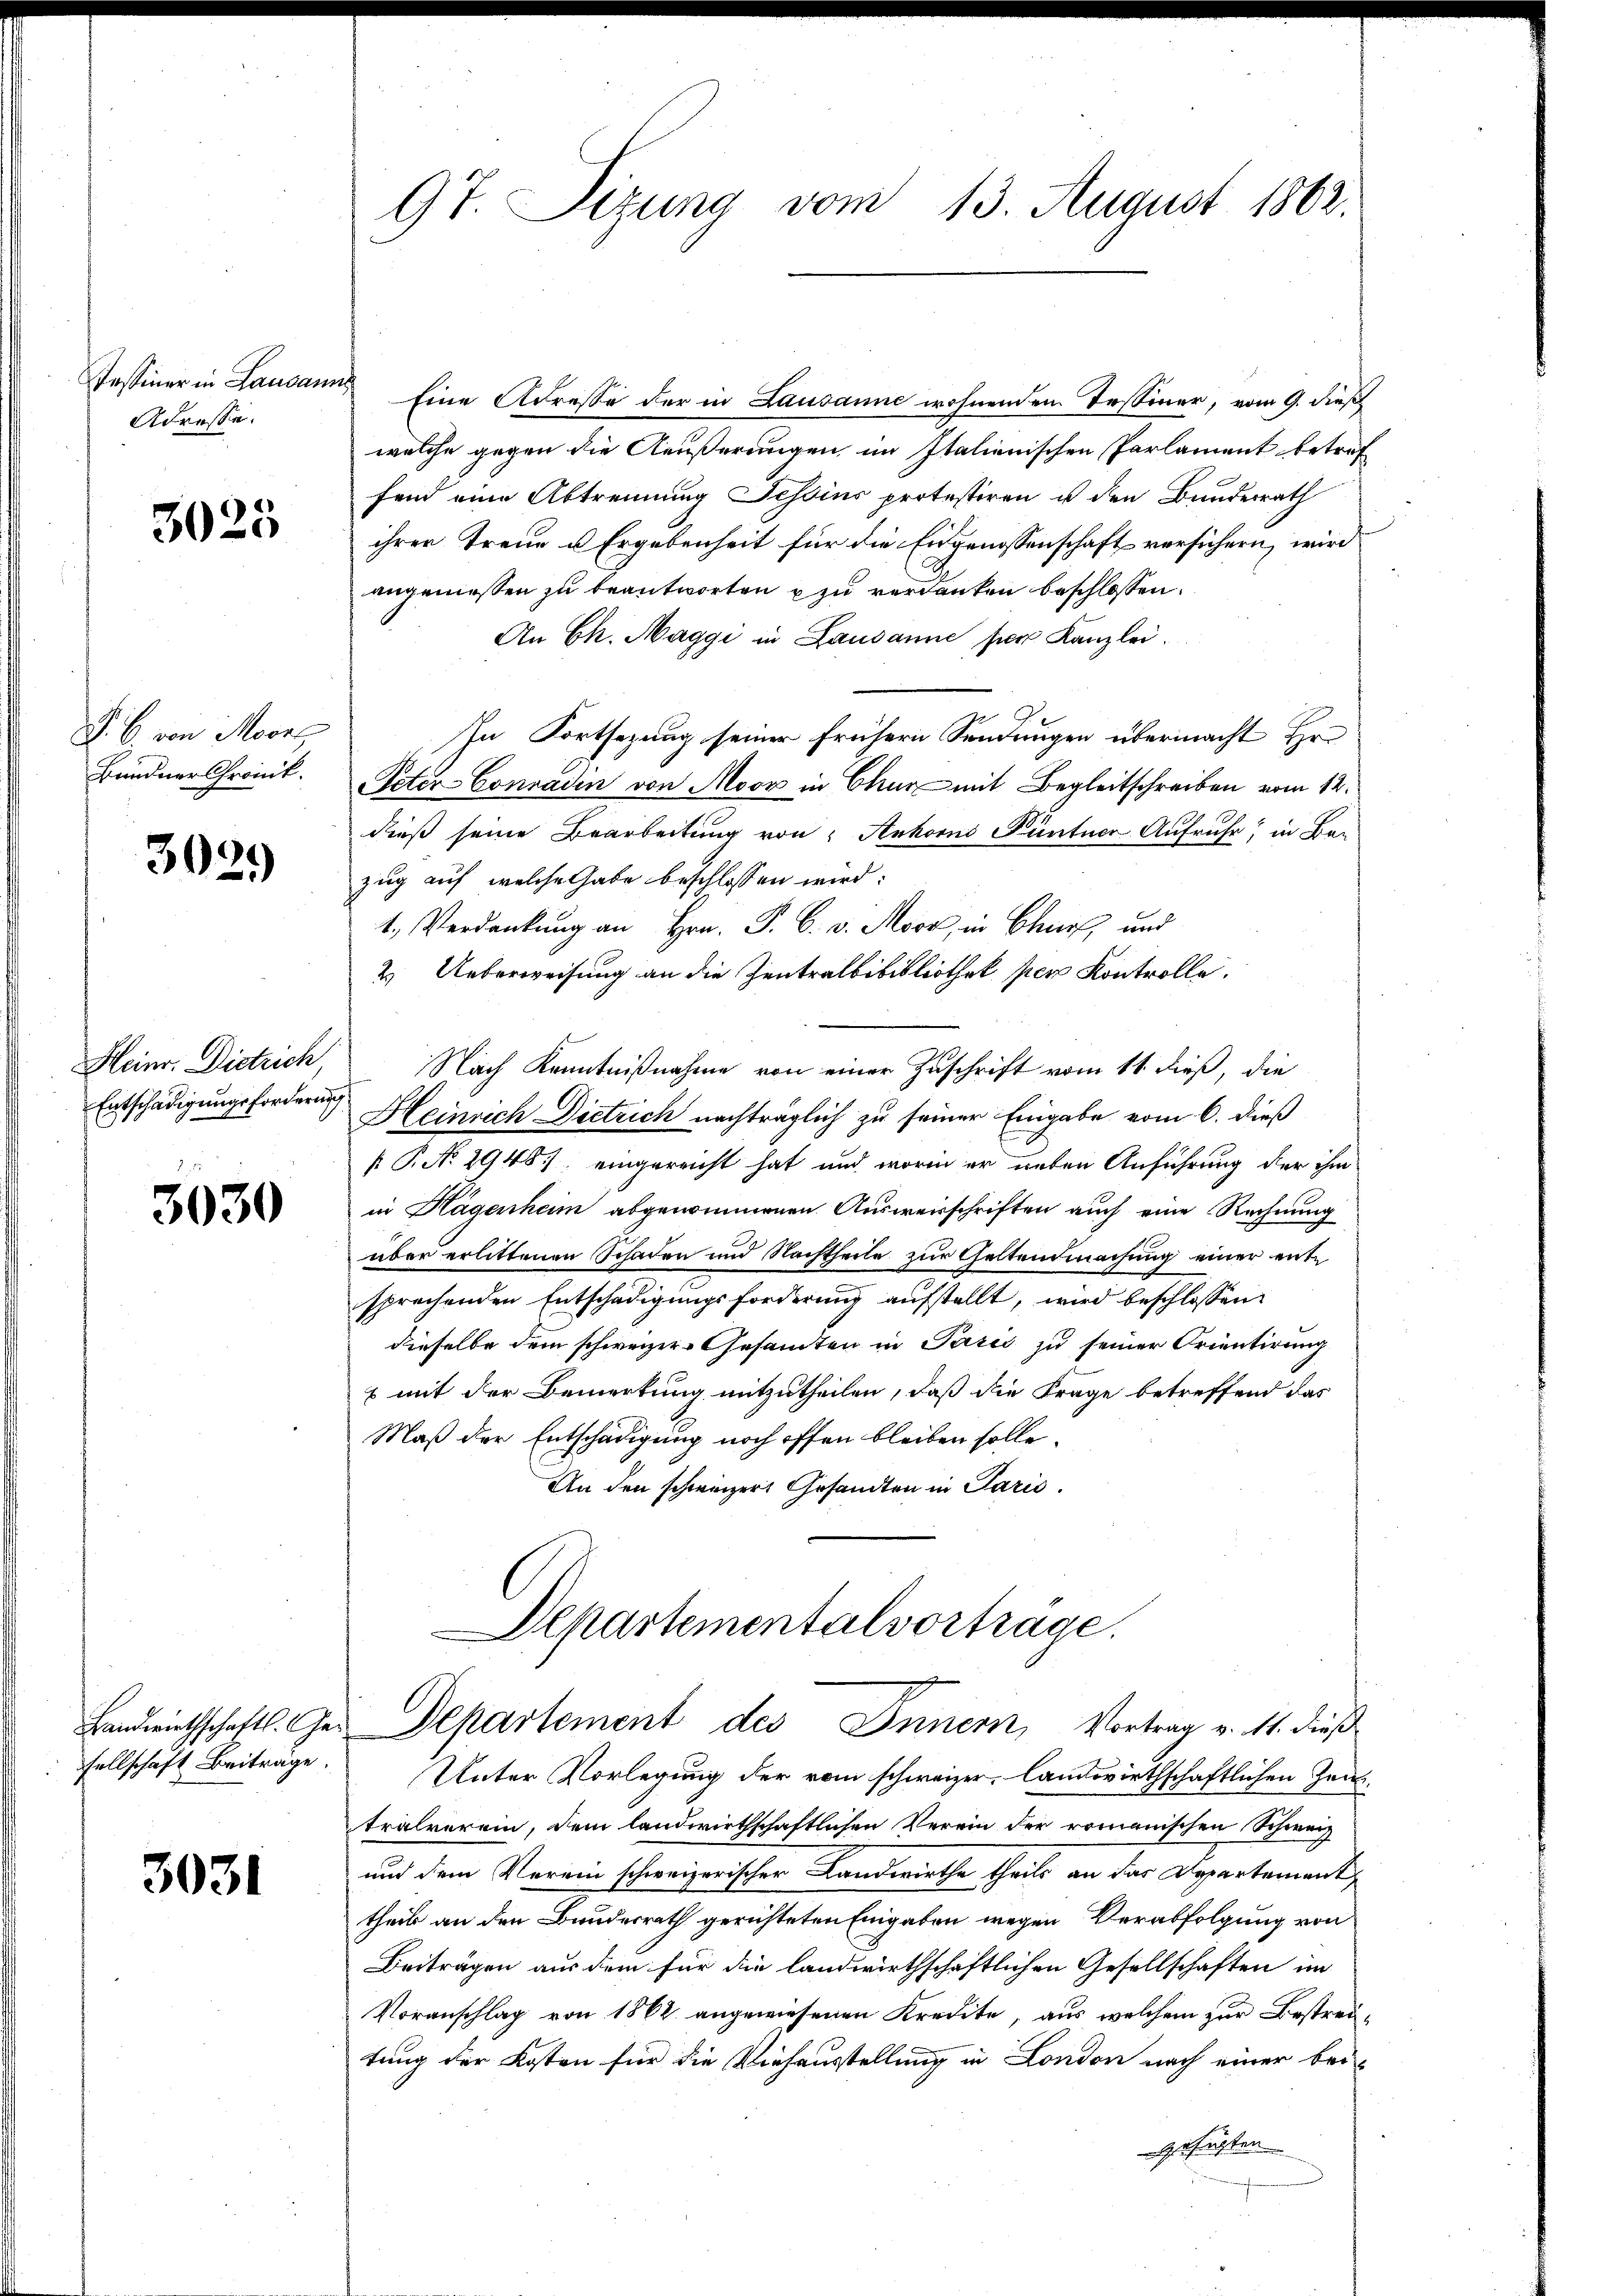
Pessiner in Landen
Adresse.

3025

P. C. von Moors
Bündner Chronik.

3021)

Heinr. Dietrich
Entschädigungsforderun

3030

Landwirthschaftl. Gesellschaft Beiträge.

3031

9t. Sitzung vom 13. August 1862.

Eine Adresse der in Lausanne wohnenden Tessiner, vom 9. dieß
welche gegen die Aeußerungen, im Italienischen Parlament betref
fend eine Abtrennung Tessins protestiren u den Bundesrath
ihrer Treue u Ergebenheit für die Eingenossenschaft versichern, wird
angeniessen zu beantworten u zu verdanken beschlossen.
An Ch. Maggi in Lausanne ser Kanzlei.
In Fortsezung seiner frühern Sendungen übermacht Hr.
Peter-Conradin von Moor in Chur mit Begleitschreiben vom 12.
dieß seine Bearbeitung von "Anhorns Füntner Aufruhr, in Be-
zug auf, welche Gabe beschlossen wird:
1. Verdankung an Hrn. P. C. v. Moor, in Chur und
2. Ueberweisung an die Zentralbibibliothek per Kontrolle.
Nach Kenntnißnahme von einer Zuschrift vom 11. dieß, die
Heinrich Dietrich nachträglich zu seiner Eingabe vom 6. dieß
 P. No 2948), eingereicht hat und worin er unten Anführung der ihm
in Hagenheim abgenommenen Ausweisschriften auch eine Rechnung
über erlittenen Schaden und Nachtheile zur Geltendmachung einer entsprachenden Entschädigungsforderung aufstellt, wird beschlossen
dieselbe dem schweizer Gesamten in Paris zu seiner Orientirung
x mit der Bemerkung mitzutheilen, daß die Frage betreffend das
Maß der Entschädigung noch offen bleiben solle.
An den schweizer Gesandten in Paris.
Departementalvortrage.
Departement des Innern, Vortrag v. 11. dieß
Unter Vorlegung der vom schweizer, landwirthschaftlichen Zeittralverein, dem landwirthschaftlichen Verein der romanischen Schweiz
und dem Verein schweizerischer Landwirthe theils an das Departement,
theil an den Bundesrath gerichteten Eingaben wegen Verabfolgung von
Beiträgen aus dem für die landwirthschaftlichen Gesellschaften im
Voranschlag von 1862 angewiesenen Kredite, aus welchem zur Bestreitung der Kosten für die Viehausstellung in London nach einer bei-
zufügten